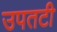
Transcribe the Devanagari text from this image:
उपतटी